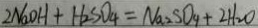
2 N a O H + H _ { 2 } S O _ { 4 } = N a _ { 2 } S O _ { 4 } + 2 H _ { 2 } O